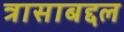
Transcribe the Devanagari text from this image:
त्रासाबद्दल